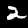
Label: 2